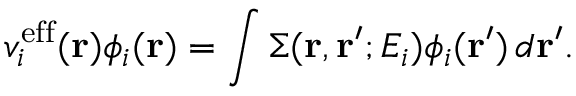
v _ { i } ^ { \mathrm { e f f } } ( \mathbf { r } ) \phi _ { i } ( \mathbf { r } ) = \int \Sigma ( \mathbf { r } , \mathbf { r } ^ { \prime } ; E _ { i } ) \phi _ { i } ( \mathbf { r } ^ { \prime } ) \, d \mathbf { r } ^ { \prime } .